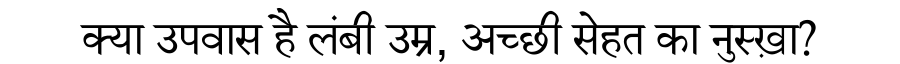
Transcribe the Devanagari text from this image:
क्या उपवास है लंबी उम्र, अच्छी सेहत का नुस्ख़ा?